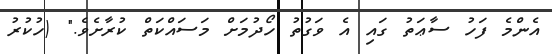
އެންމެ ފަހު ސާޢަތު ގައި އެ ވަގުތު ހޯދުމަށް މަސައްކަތް ކުރާށެވެ." (ހުކުރު